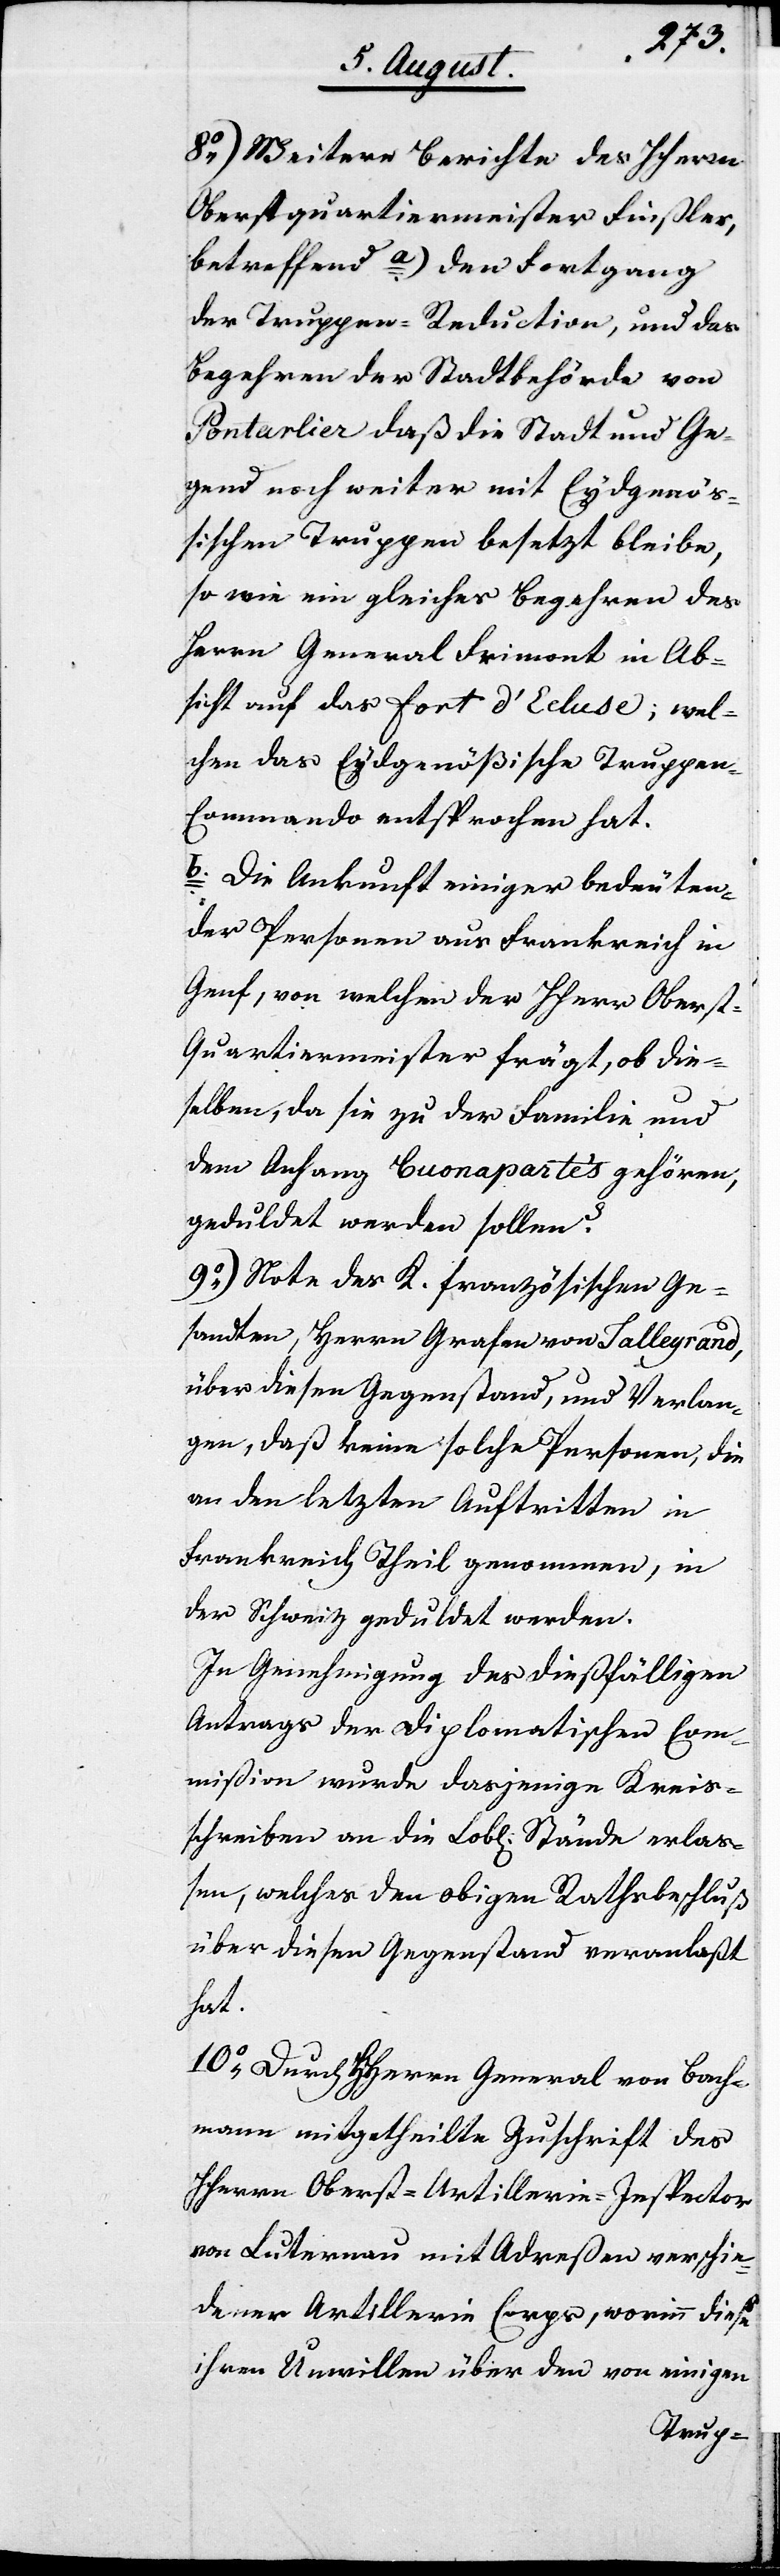
8.) Weitere Berichte des HHerrn
Oberstquartiermeister Finsler,
betreffend a. den Fortgang
der Truppen-Reduction, und das
Begehren der Stadtbehörde von
Pontarlier daß die Stadt und Ge¬
gend noch weiter mit Eydgenöß¬
ischen Truppen besetzt bleibe,
so wie ein gleiches Begehren des
Herrn General Frimont in Ab¬
sicht auf das Fort d’Ecluse; wel¬
chen das Eydgenößische Truppen-C¬
ommando entsprochen hat.
b. Die Ankunft einiger bedeuten¬
der Personen aus Frankreich in
Genf, von welchen der HHerr Obers¬
t-Quartiermeister frägt, ob die¬
selben, da sie zu der Familie und
dem Anhang Buonapartes gehören,
geduldet werden sollen?
9.) Note des K. französischen Ge¬
sandten, Herrn Grafen von Talleyrand,
über diesen Gegenstand, und Verlan¬
gen, daß keine solche Personen, die
an den letzten Auftritten in
Frankreich Theil genommen, in
der Schweiz geduldet werden.
In Genehmigung des dießfälligen
Antrags der Diplomatischen Com¬
mißion wurde dasjenige Kreis¬
schreiben an die Lobl. Stände erlaß¬
en, welches den obigen Rathsbeschluß
über diesen Gegenstand veranlaßt
hat.
10.) Durch HHerrn General von Bach¬
mann mitgetheilte Zuschrift des
HHerrn Oberst-Artillerie-Inspector
von Luternau mit Adreßen verschie¬
dner Artillerie-Corps, worinn diese
ihren Unwillen über den von einigen